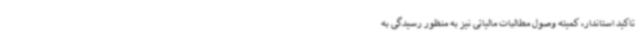
تاکید استاندار، کمیته وصول مطالبات مالیاتی نیز به منظور رسیدگی به